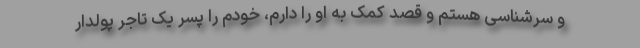
و سرشناسی هستم و قصد کمک به او را دارم، خودم را پسر یک تاجر پولدار